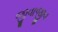
જીવાજીવ